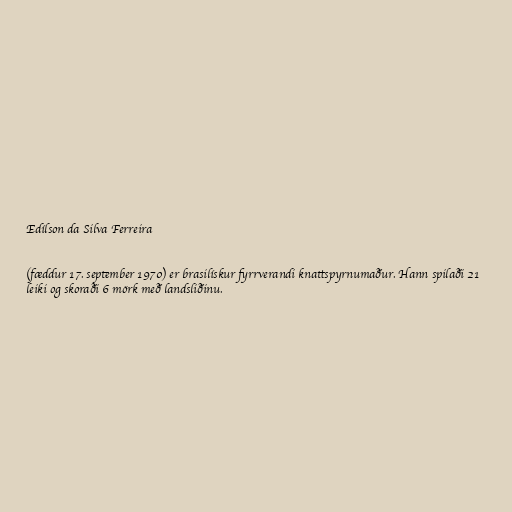
Edílson da Silva Ferreira

(fæddur 17. september 1970) er brasilískur fyrrverandi knattspyrnumaður. Hann spilaði 21
leiki og skoraði 6 mörk með landsliðinu.